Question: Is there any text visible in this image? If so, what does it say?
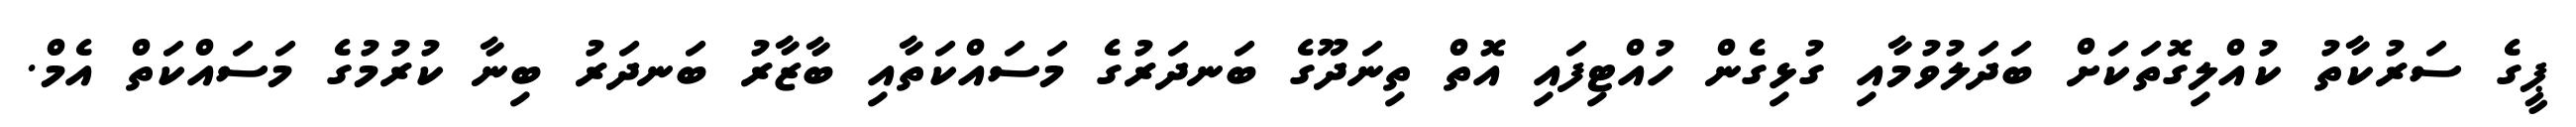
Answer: ޕީގެ ސަރުކާތު ކުއްލިގޮތަކަށް ބަދަލުވުމާއި ގުޅިގެން ހުއްޓިފައި އޮތް ތިނަދޫގެ ބަނދަރުގެ މަސައްކަތާއި ބާޒާރު ބަނދަރު ބިނާ ކުރުމުގެ މަސައްކަތް އެމް.